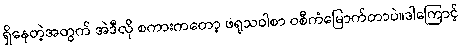
ရှိနေတဲ့အတွက် အဲဒီလို စကားကတော့ ဖရုသဝါစာ ဝစီကံမြောက်တာပဲ။ဒါကြောင့်